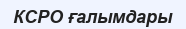
КСРО ғалымдары